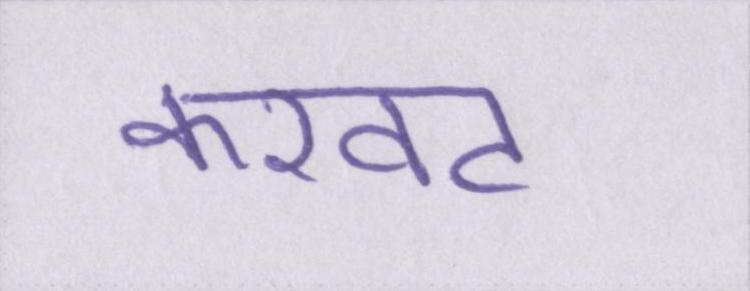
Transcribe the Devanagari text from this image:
करवट